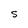
Character: S